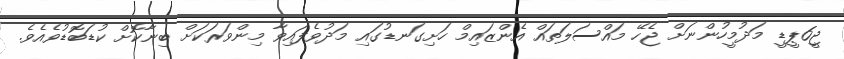
ޖީ6ޕީޑީ މަދުމީހުންނަށް ޖެހޭ މައްސަލަތައް އެންޒައިމް ހަށިގަނޑުގައި މަދުވެފައިވާ މިންވަރަކަށް ބިނާކޮށް ކުޑަބޮޑުވެއެވެ.